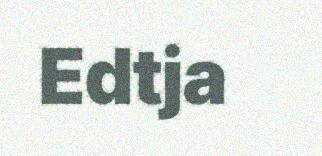
Edtja